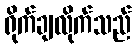
ရိုက်ချလိုက်သည်